Vaccination in the Punjab 1867-1880 - 1867-1880
Year: 1867
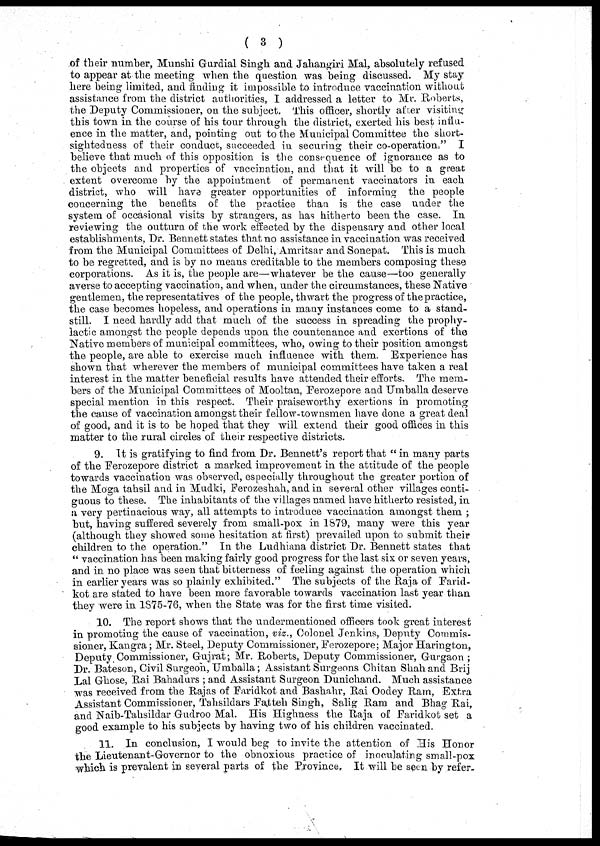
( 3 )
of their number, Munshi Gurdial Singh and Jahangiri Mal, absolutely refused
to appear at the meeting when the question was being discussed. My stay
here being limited, and finding it impossible to introduce vaccination without
assistance from the district authorities, I addressed a letter to Mr. Roberts,
the Deputy Commissioner, on the subject. This officer, shortly after visiting
this town in the course of his tour through the district, exerted his best influ-
ence in the matter, and, pointing out to the Municipal Committee the short-
sightedness of their conduct, succeeded in securing their co-operation " I
believe that much of this opposition is the consequence of ignorance as to
the objects and properties of vaccination, and that it will be to a great
extent overcome by the appointment of permanent vaccinators in each
district, who will have greater opportunities of informing the people
concerning the benefits of the practice than is the case under the
system of occasional visits by strangers, as has hitherto been the case. In
reviewing the outturn of the work effected by the dispensary and other local
establishments, Dr. Bennett states that no assistance in vaccination was received
from the Municipal Committees of Delhi, Amritsar and Sonepat. This is much
to be regretted, and is by no means creditable to the members composing these
corporations. As it is, the people are—whatever be the cause—too generally
averse to accepting vaccination, and when, under the circumstances, these Native
gentlemen, the representatives of the people, thwart the progress of the practice,
the case becomes hopeless, and operations in many instances come to a stand-
still. I need hardly add that much of the success in spreading the prophy-
lactic amongst the people depends upon the countenance and exertions of the
Native members of municipal committees, who, owing to their position amongst
the people, are able to exercise much influence with them. Experience has
shown that wherever the members of municipal committees have taken a real
interest in the matter beneficial results have attended their efforts. The mem-
bers of the Municipal Committees of Mooltan, Ferozepore and Umballa deserve
special mention in this respect. Their praiseworthy exertions in promoting
the cause of vaccination amongst their fellow-townsmen have done a great deal
of good, and it is to be hoped that they will extend their good offices in this
matter to the rural circles of their respective districts.
9. It is gratifying to find from Dr. Bennett's report that " in many parts
of the Ferozepore district a marked improvement in the attitude of the people
towards vaccination was observed, especially throughout the greater portion of
the Moga tahsil and in Mudki, Ferozeshah, and in several other villages conti-
guous to these. The inhabitants of the villages named have hitherto resisted, in
a very pertinacious way, all attempts to introduce vaccination amongst them ;
but, having suffered severely from small-pox in 1879, many were this year
(although they showed some hesitation at first) prevailed upon to submit their
children to the operation." In the Ludhiana district Dr. Bennett states that
" vaccination has been making fairly good progress for the last six or seven years,
and in no place was seen that bitterness of feeling against the operation which
in earlier years was so plainly exhibited." The subjects of the Raja of Farid-
kot are stated to have been more favorable towards vaccination last year than
they were in 1875-76, when the State was for the first time visited.
10. The report shows that the undermentioned officers took great interest
in promoting the cause of vaccination, viz., Colonel Jenkins, Deputy Commis-
sioner, Kangra; Mr. Steel, Deputy Commissioner, Ferozepore; Major Harington,
Deputy Commissioner, Gujrat; Mr. Roberts, Deputy Commissioner, Gurgaon ;
Dr. Bateson, Civil Surgeon, Umballa; Assistant Surgeons Chitan Shah and Brij
Lal Ghose, Rai Bahadurs ; and Assistant Surgeon Dunichand. Much assistance
was received from the Rajas of Faridkot and Bashahr, Rai Oodey Ram, Extra
Assistant Commissioner, Tahsildars Fatteh Singh, Salig Ram and Bhag Rai,
and Naib-Tahsildar Gudroo Mal. His Highness the Raja of Faridkotset a
good example to his subjects by having two of his children vaccinated.
11. In conclusion, I would beg to invite the attention of His Honor
the Lieutenant-Governor to the obnoxious practice of inoculating small-pox
which is prevalent in several parts of the Province, It will be seen by refer-